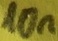
Text: 10n